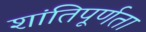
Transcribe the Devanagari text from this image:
शांतिपूर्णता